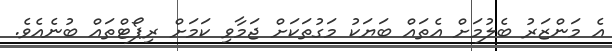
އެ މަންޒަރު ބެލުމަށް އެތައް ބަޔަކު މަގުތަކަށް ޖަމާވި ކަމަށް ރިޕޯޓްތައް ބުނެއެވެ.